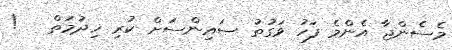
މެސެންޖާ އެންމެ ފަހު ވަގުތު ސައިންސަށް ކުރި ޚިދުމަތް   !